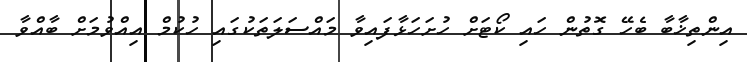
އިންތިޚާބާ ބެހޭ ގޮތުން ހައި ކޯޓަށް ހުށަހަޅާފައިވާ މައްސަލަތަކުގައި ހުކުމް އިއްވުމަށް ބާއްވާ